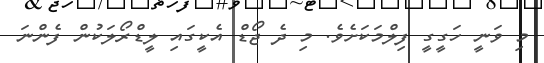
މި ވަނީ ހަގީގީ ފިލްމަކަށެވެ. މި ދެ ޖޯޑް އެކީގައި ލީޑްރޯލަކުން ފެންނަ